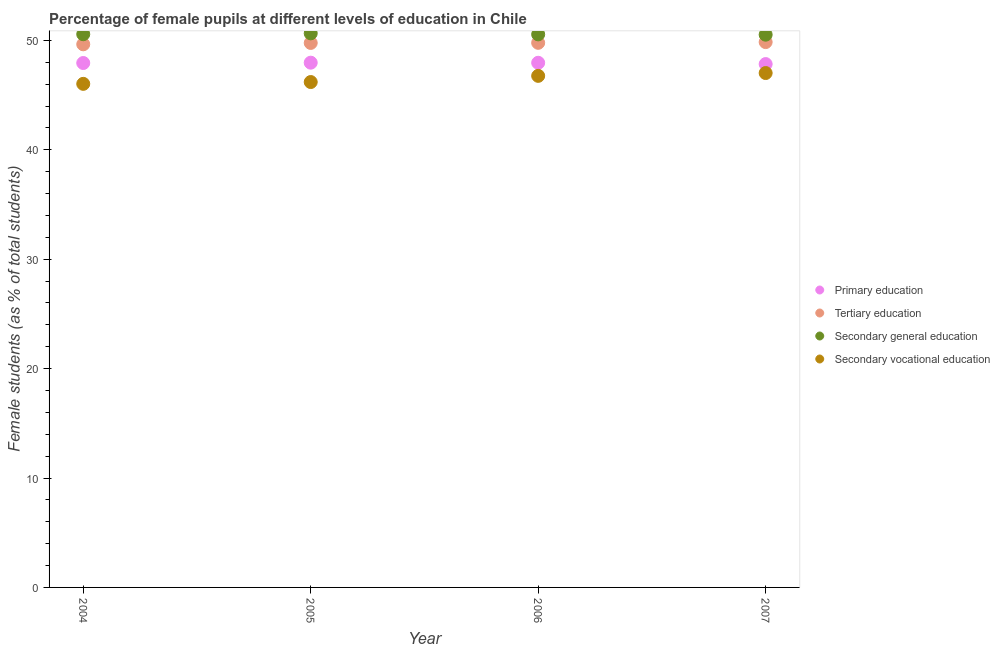
| Year | Primary education | Tertiary education | Secondary general education | Secondary vocational education |
 | --- | --- | --- | --- | --- |
 | 2004 | 47.9 | 49.6 | 50.6 | 46 |
 | 2005 | 48 | 49.8 | 50.6 | 46.2 |
 | 2006 | 48 | 49.8 | 50.5 | 46.8 |
 | 2007 | 47.8 | 49.8 | 50.5 | 47 |